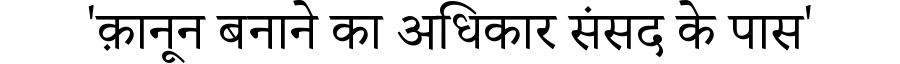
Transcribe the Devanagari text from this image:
'क़ानून बनाने का अधिकार संसद के पास'